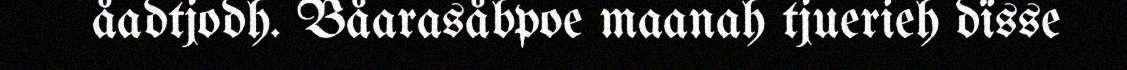
åadtjodh. Båarasåbpoe maanah tjuerieh dïsse